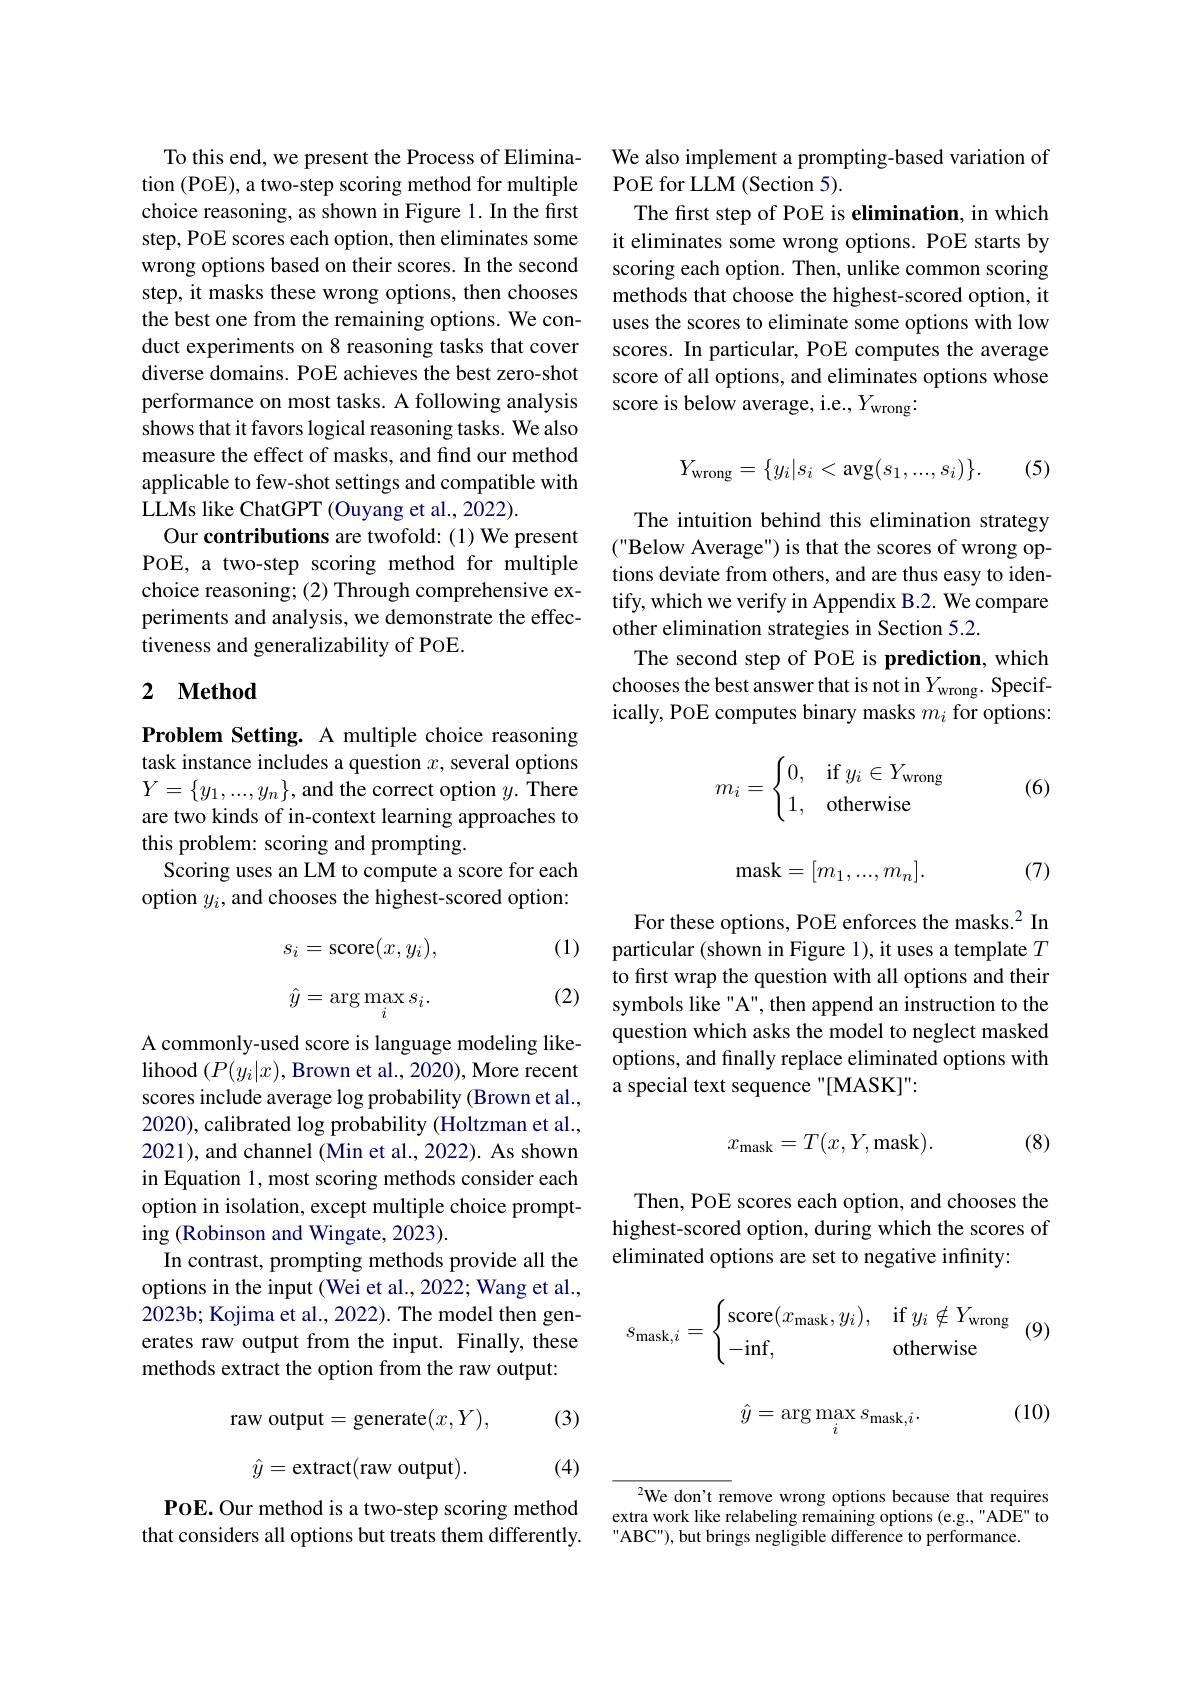
To this end, we present the Process of Elimination (POE), a two-step scoring method for multiple choice reasoning, as shown in Figure 1. In the first step, POE scores each option, then eliminates some wrong options based on their scores. In the second step, it masks these wrong options, then chooses the best one from the remaining options. We conduct experiments on 8 reasoning tasks that cover diverse domains. POE achieves the best zero-shot performance on most tasks. A following analysis shows that it favors logical reasoning tasks. We also measure the effect of masks, and find our method applicable to few-shot settings and compatible with LLMs like ChatGPT (Ouyang et al., 2022).
Our contributions are twofold: (1) We present POE, a two-step scoring method for multiple choice reasoning; (2) Through comprehensive experiments and analysis, we demonstrate the effectiveness and generalizability of PoE.

## 2 $\textbf{Method}$

Problem Setting. A multiple choice reasoning task instance includes a question $x$, several options $Y=\{y_1,...,y_n\}$, and the correct option $y.$ There are two kinds of in-context learning approaches to this problem: scoring and prompting.
Scoring uses an LM to compute a score for each option $y_{i}$,and chooses the highest-scored option:

(1)
$$\begin{aligned}s_i&=\operatorname{score}(x,y_i),\\\\\hat y&=\arg\max_is_i.\end{aligned}$$
(2)

A commonly-used score is language modeling likelihood $(P(y_i|x)$, Brown et al., 2020), More recent scores include average log probability (Brown et al., 2020), calibrated log probability (Holtzman et al., 2021), and channel (Min et al., 2022). As shown in Equation 1, most scoring methods consider each option in isolation, except multiple choice prompting (Robinson and Wingate, 2023).
In contrast, prompting methods provide all the options in the input (Wei et al., 2022; Wang et al., 2023b; Kojima et al., 2022). The model then generates raw output from the input. Finally, these methods extract the option from the raw output:

(3)
$$\mathrm{raw~output}=\mathrm{generate}(x,Y),$$
$$\hat{y}=\text{extract}(\text{raw output}).$$
(4)

POE. Our method is a two-step scoring method that considers all options but treats them differently.

We also implement a prompting-based variation of
PoE for LLM (Section 5).
The first step of PoE is elimination, in which it eliminates some wrong options. POE starts by scoring each option. Then, unlike common scoring methods that choose the highest-scored option, it uses the scores to eliminate some options with low scores. In particular, POE computes the average score of all options, and eliminates options whose score is below average, i.e., $Y_\mathrm{wrong}{:}$
$$Y_{\mathrm{wrong}}=\{y_i|s_i<\mathrm{avg}(s_1,...,s_i)\}.$$
(5)

The intuition behind this elimination strategy ("Below Average") is that the scores of wrong options deviate from others, and are thus easy to identify, which we verify in Appendix B.2. We compare other elimination strategies in Section 5.2.
The second step of PoE is prediction, which chooses the best answer that is not in $Y_\mathrm{wrong.~Specif-}$ ically, POE computes binary masks $m_i$ for options:

(6)
$$m_i=\begin{cases}0,&\text{if}y_i\in Y_\text{wrong}\\1,&\text{otherwise}\end{cases}$$
$$\mathrm{mask}=[m_1,...,m_n].$$
(7)

For these options, POE enforces the masks.$^{2}$ In particular (shown in Figure 1), it uses a template $T$ to first wrap the question with all options and their symbols like "A", then append an instruction to the question which asks the model to neglect masked options, and finally replace eliminated options with a special text sequence "[MASK]"

(8)
$$x_{\mathrm{mask}}=T(x,Y,\mathrm{mask}).$$
Then, POE scores each option, and chooses the highest-scored option, during which the scores of eliminated options are set to negative infinity:
$$s_{\text{mask},i}=\begin{cases}\text{score}(x_\text{mask},y_i),&\text{if}y_i\notin Y_\text{wrong}\\-\text{inf},&\text{otherwise}\end{cases}\text{(}$$
(10)
$$\hat{y}=\arg\max_{i}s_{\mathrm{mask},i}.$$
$^{2}$We don't remove wrong options because that requires extra work like relabeling remaining options (e.g.,"ADE" to ABC"), but brings negligible difference to performance.